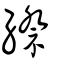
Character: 縩